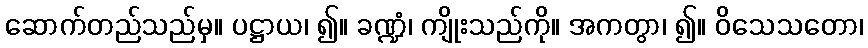
ဆောက်တည်သည်မှ။ ပဋ္ဌာယ၊ ၍။ ခဏ္ဍံ၊ ကျိုးသည်ကို။ အကတွာ၊ ၍။ ဝိသေသတော၊